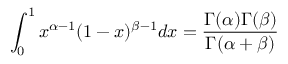
\int _ { 0 } ^ { 1 } x ^ { \alpha - 1 } ( 1 - x ) ^ { \beta - 1 } d x = { \frac { \Gamma ( \alpha ) \Gamma ( \beta ) } { \Gamma ( \alpha + \beta ) } }